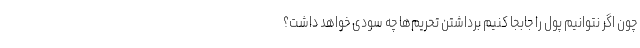
چون اگر نتوانیم پول را جابجا کنیم برداشتن تحریم‌ها چه سودی خواهد داشت؟